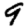
Digit: 9